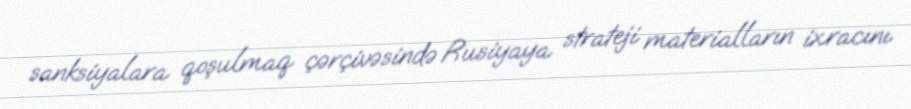
sanksiyalara qoşulmaq çərçivəsində Rusiyaya strateji materialların ixracını